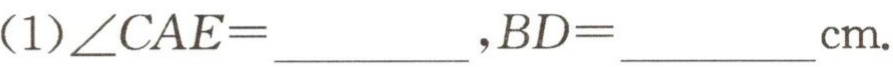
(1)$\angle CAE=\underline{\qquad\qquad},BD = \underline{\qquad\qquad}\text{cm}.$